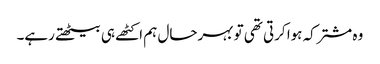
وہ مشترکہ ہوا کرتی تھی تو بہرحال ہم اکٹھے ہی بیٹھتے رہے۔